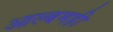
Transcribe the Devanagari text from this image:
आल्बमही